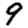
Digit: 9